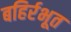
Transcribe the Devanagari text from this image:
बहिर्रभूत